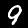
Digit: 9